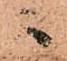
ニ